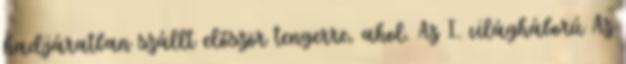
hadjáratban szállt először tengerre, ahol. Az I. világháború Az